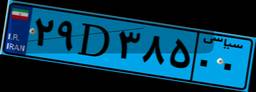
۲۹D۳۸۵۰۰